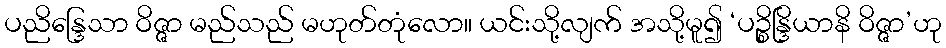
ပညိန္ဒြေသာ ဝိဇ္ဇာ မည်သည် မဟုတ်တုံလော။ ယင်းသို့လျက် အသို့မူ၍ ‘ပဉ္စိန္ဒြိယာနိ ဝိဇ္ဇာ’ဟု